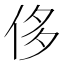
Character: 侈